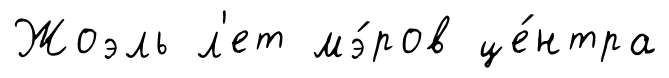
Жоэль л'ет мэ́ров це́нтра